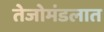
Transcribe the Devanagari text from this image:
तेजोमंडलात